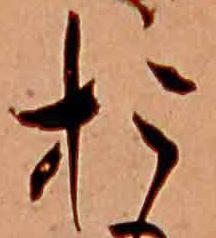
お